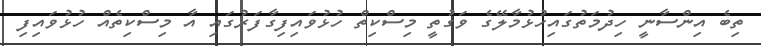
ތިބެ އިންސާނީ ހިދުމަތުގައިހުޅުމާލޭގެ ވަގުތީ މިސްކިތް ހުޅުވައިފިގާފަރުގައި އާ މިސްކިތެއް ހުޅުވައިފި